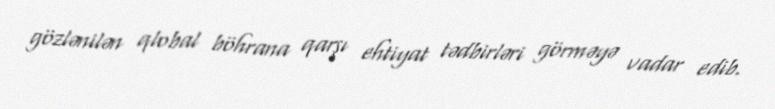
gözlənilən qlobal böhrana qarşı ehtiyat tədbirləri görməyə vadar edib.